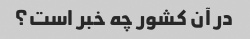
در آن کشور چه خبر است؟